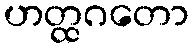
ဟတ္ထဂတော